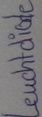
Text: Leuchtdiode